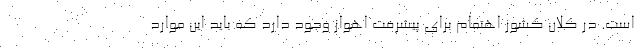
است. در کلان کشور اهتمام برای پیشرفت اهواز وجود دارد که باید این موارد